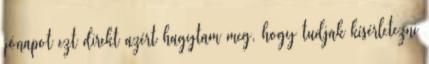
jónapot ezt direkt azért hagytam meg, hogy tudjak kísérletezni